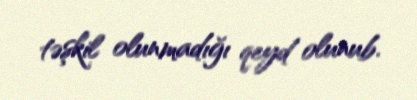
təşkil olunmadığı qeyd olunub.